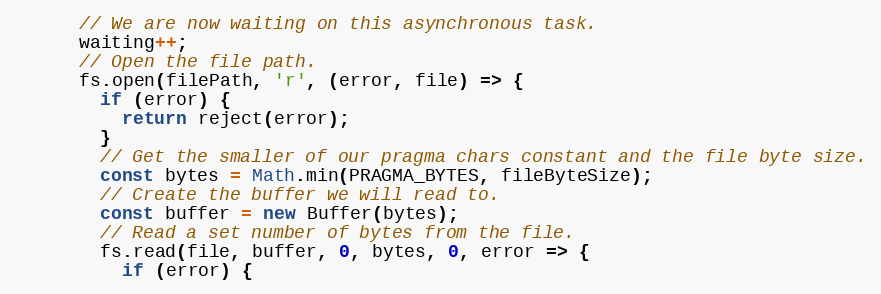
Language: JavaScript
      // We are now waiting on this asynchronous task.
      waiting++;
      // Open the file path.
      fs.open(filePath, 'r', (error, file) => {
        if (error) {
          return reject(error);
        }
        // Get the smaller of our pragma chars constant and the file byte size.
        const bytes = Math.min(PRAGMA_BYTES, fileByteSize);
        // Create the buffer we will read to.
        const buffer = new Buffer(bytes);
        // Read a set number of bytes from the file.
        fs.read(file, buffer, 0, bytes, 0, error => {
          if (error) {